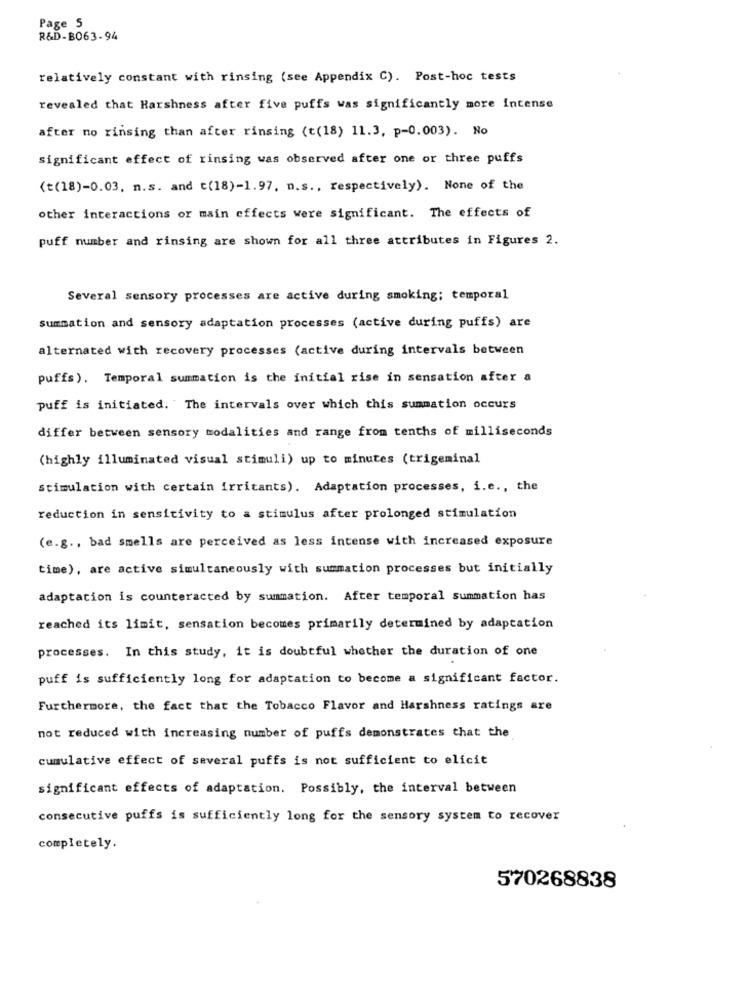
Page 5
R&D-B063-94
relatively constant with rinsing (see Appendix C). Post-hoc tests
revealed that Harshness after five puffs was significantly more intense
after no rinsing than after rinsing (t(18) 11.3, p-0.003). No
significant effect of rinsing was observed after one or three puffs
(t(18)-0.03, n.s. and t(18)-1.97. n.s ., respectively). None of the
other interactions or main effects were significant. The effects of
puff number and rinsing are shown for all three attributes in Figures 2.
Several sensory processes are active during smoking; temporal
summation and sensory adaptation processes (active during puffs) are
alternated with recovery processes (active during intervals between
puffs). Temporal summation is the initial rise in sensation after a
puff is initiated. The intervals over which this summation occurs
differ between sensory modalities and range from tenths of milliseconds
(highly illuminated visual stimuli) up to minutes (trigeminal
Stimulation with certain irritants). Adaptation processes, i.e ., the
reduction in sensitivity to a stimulus after prolonged stimulation
(e.g ., bad smells are perceived as less intense with increased exposure
time), are active simultaneously with summation processes but initially
adaptation is counteracted by summation. After temporal summation has
reached its limit, sensation becomes primarily determined by adaptation
processes. In this study, it is doubtful whether the duration of one
puff is sufficiently long for adaptation to become a significant factor.
Furthermore, the fact that the Tobacco Flavor and Harshness ratings are
not reduced with increasing number of puffs demonstrates that the
cumulative effect of several puffs is not sufficient to elicit
significant effects of adaptation. Possibly, the interval between
consecutive puffs is sufficiently long for the sensory system to recover
completely.
570268838